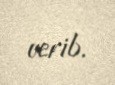
verib.